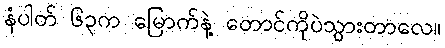
နံပါတ် ၆၃က မြောက်နဲ့ တောင်ကိုပဲသွားတာလေ။